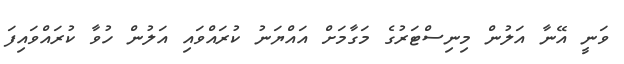
ވަނީ އޭނާ އަލުން މިނިސްޓަރުގެ މަގާމަށް އައްޔަނު ކުރައްވައި އަލުން ހުވާ ކުރައްވައިފަ